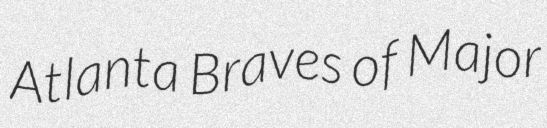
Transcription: Atlanta Braves of Major